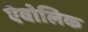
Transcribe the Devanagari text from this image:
ऐवोलिक